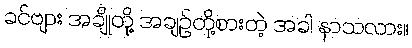
ခင်ဗျား အချိုတို့ အချဉ်တို့စားတဲ့ အခါ နာသလား။